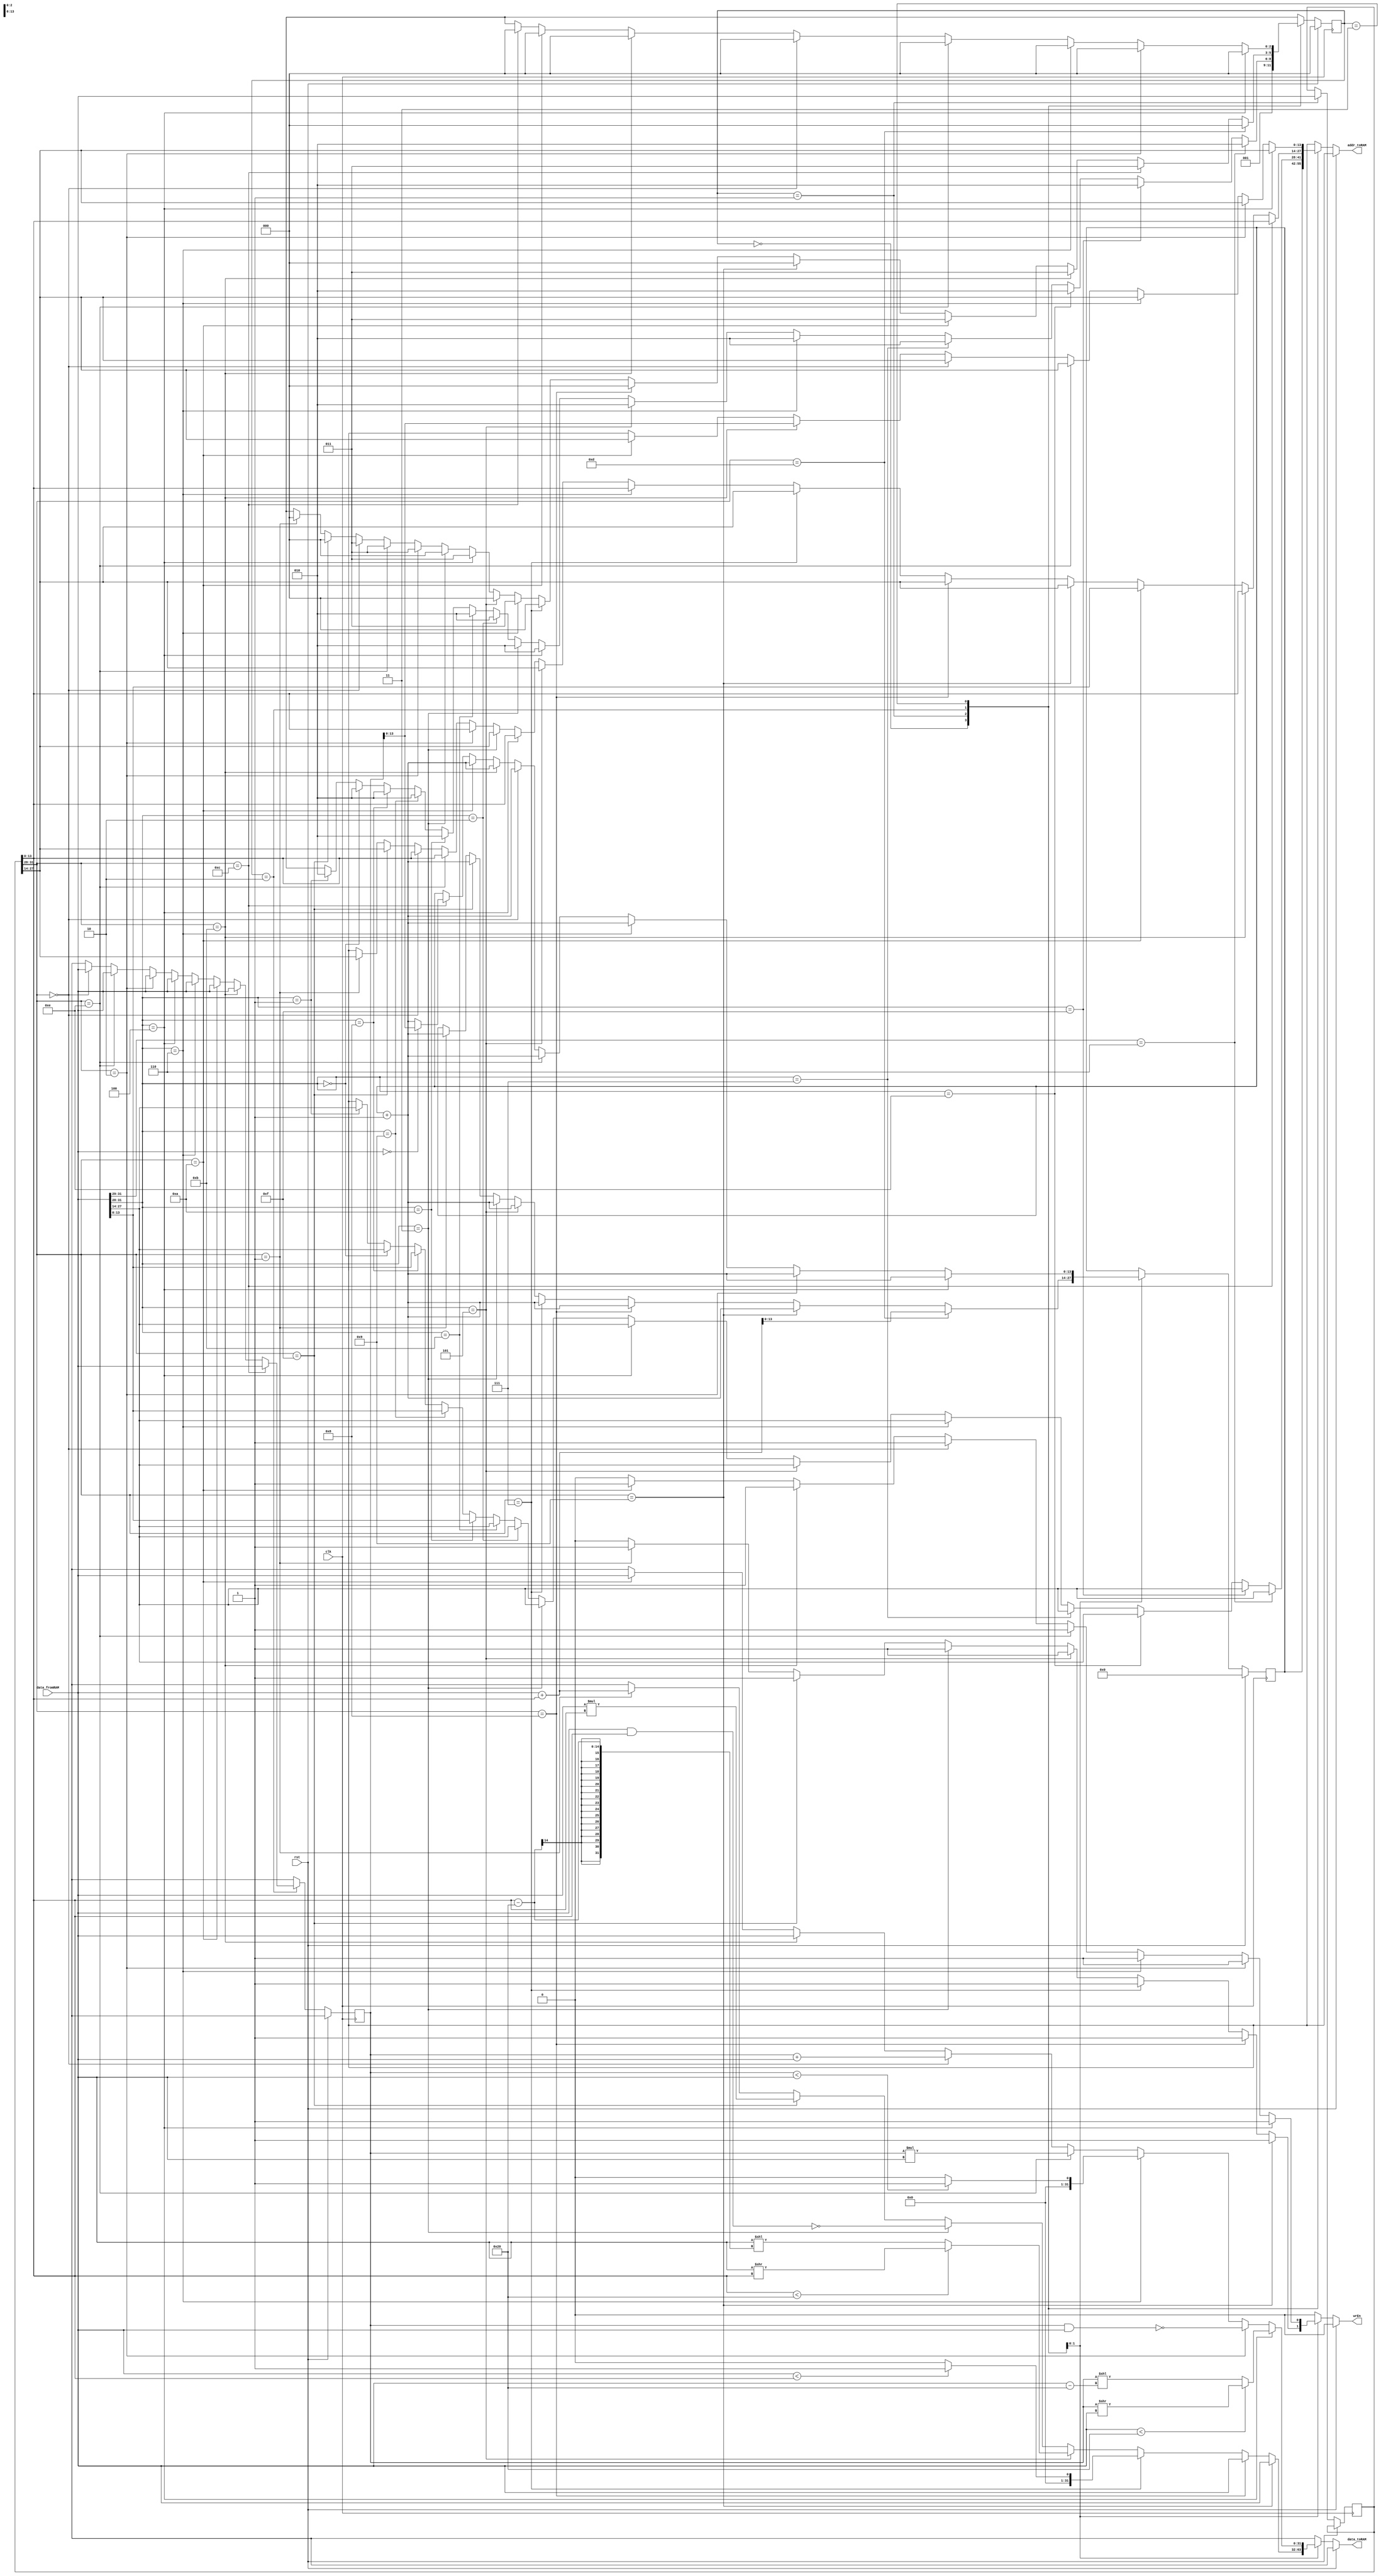
// Code your design here
module VerySimpleCPU(clk, rst, data_fromRAM, wrEn, addr_toRAM, data_toRAM);

	input clk, rst;
  	output reg wrEn;
   input [31:0] data_fromRAM;
  	output reg [31:0] data_toRAM;
   output reg [13:0] addr_toRAM;
  	
  	reg [31:0] IW, IWN;	
  	reg [13:0] PC, PCN;
  	reg [2:0] st, stN;
  	reg [31:0] R1, R2, R1N, R2N;
  
  	always @(posedge clk) begin
      PC <= PCN;
      IW<= IWN; 
      R1<= R1N;
      R2<= R2N;
      st <= stN;
  	end
   
  	always @ * begin
      R1N = 32'hX;
      R2N = 32'hX;
      IWN = IW;
      PCN = PC;
      wrEn = 1'b0;
      stN = 3'hX;
      addr_toRAM = 14'hXXXX;
      data_toRAM = 32'dX;
      if (rst) begin
      	stN = 3'd0;
         PCN= 14'd0;
      end
      else begin       
        case (st)
          3'd0: begin
            addr_toRAM = PC;
            stN = 3'd1;
          end
          3'd1: begin
            IWN = data_fromRAM;
            if (data_fromRAM[31:28] == 4'b0001) begin //ADDi
              addr_toRAM = data_fromRAM[27:14];
              stN = 3'd2;        
            end
				if (data_fromRAM[31:28] == 4'b0000) begin //ADD
					addr_toRAM = data_fromRAM[27:14];
					stN = 3'd2;
				end
            if (data_fromRAM[31:28] == 4'b1000) begin //CP
              addr_toRAM = data_fromRAM[13:0];
              stN = 3'd2;
            end
            if (data_fromRAM[31:28] == 4'b1001) begin //CPi
              addr_toRAM = data_fromRAM[13:0];
              stN = 3'd2;
            end
            if (data_fromRAM[31:28] == 4'b1010) begin //CPI
              addr_toRAM = data_fromRAM[13:0];
              stN = 3'd2;
            end
            if (data_fromRAM[31:28] == 4'b1011) begin //CPIi
              addr_toRAM = data_fromRAM[27:14];
              stN = 3'd2;
            end
            if (data_fromRAM[31:28] == 4'b0010) begin //NAND
              addr_toRAM = data_fromRAM[27:14];
              stN = 3'd2;
            end
            if (data_fromRAM[31:28] == 4'b0011) begin //NANDi
              addr_toRAM = data_fromRAM[27:14];
              stN = 3'd2;
            end
            if (data_fromRAM[31:28] == 4'b0100) begin //SRL
              addr_toRAM = data_fromRAM[27:14];
              stN = 3'd2;
            end
            if (data_fromRAM[31:28] == 4'b0101) begin //SRLi
              addr_toRAM = data_fromRAM[27:14];
              stN = 3'd2;
            end
            if (data_fromRAM[31:28] == 4'b0110) begin //LT
              addr_toRAM = data_fromRAM[27:14];
              stN = 3'd2;
            end
            if (data_fromRAM[31:28] == 4'b0111) begin //LTi
              addr_toRAM = data_fromRAM[27:14];
              stN = 3'd2;
            end
            if (data_fromRAM[31:28] == 4'b1110) begin //MUL
              addr_toRAM = data_fromRAM[27:14];
              stN = 3'd2;
            end
            if (data_fromRAM[31:28] == 4'b1111) begin //MULi
              addr_toRAM = data_fromRAM[27:14];
              stN = 3'd2;
            end
            if (data_fromRAM[31:29] == 3'b110) begin //BZJ or BZJi
              addr_toRAM = data_fromRAM[27:14];
              stN = 3'd2;
            end
          end
          3'd2: begin
            if (IW[31:28] == 4'b0001) begin // ADDi
          		wrEn = 1'b1;
            	addr_toRAM = IW[27:14];
            	data_toRAM = data_fromRAM + IW[13:0];
            	PCN = PC + 14'd1;
            	stN = 3'd0;  
            end
            if (IW[31:28] == 4'b1111) begin // MULi
          		wrEn = 1'b1;
            	addr_toRAM = IW[27:14];
            	data_toRAM = data_fromRAM * IW[13:0];
            	PCN = PC + 14'd1;
            	stN = 3'd0;  
            end
            if (IW[31:28] == 4'b0000) begin // ADD
              	R1N = data_fromRAM;
              	addr_toRAM = IW[13:0];           	
            	stN = 3'd3;  
            end
            if (IW[31:28] == 4'b1110) begin //MUL
              	R1N = data_fromRAM;
              	addr_toRAM = IW[13:0];
              	stN = 3'd3;
            end
            if (IW[31:28] == 4'b0010) begin // NAND
              	R1N = data_fromRAM;
              	addr_toRAM = IW[13:0];
              	stN = 3'd3;
            end
            if (data_fromRAM[31:28] == 4'b0011) begin //NANDi
              	wrEn = 1'b1;
              	addr_toRAM = IW[27:14];
              	data_toRAM = ~(data_fromRAM & IW[13:0]);
              	PCN = PC + 14'd1;
              	stN = 3'd0;
            end
            if (data_fromRAM[31:28] == 4'b0100) begin //SRL
              	R1N = data_fromRAM;
              	addr_toRAM = IW[13:0];
              	stN = 3'd3;
            end
            if (data_fromRAM[31:28] == 4'b0101) begin //SRLi
              	wrEn = 1'b1;
              	addr_toRAM = IW[27:14];
              if(IW[13:0] < 32) begin 
                data_toRAM = (data_fromRAM >> IW[13:0]);
					 PCN = PC + 14'd1;
              	 stN = 3'd0;
              end
              else begin
                data_toRAM = (data_fromRAM << (IW[13:0]-32));
					 PCN = PC + 14'd1;
              	 stN = 3'd0;
              end
            end
            if (data_fromRAM[31:28] == 4'b0110) begin //LT
              	R1N = data_fromRAM;
              	addr_toRAM = IW[13:0];
              	stN = 3'd3;
            end
            if (IW[31:28] == 4'b0111) begin //LTi
				   wrEn = 1'b1;
               addr_toRAM = IW[27:14];
               if( data_fromRAM < IW[13:0]) begin
                 data_toRAM = 32'd1;
					  PCN = PC + 14'd1;
					  stN = 3'd0;
					end
               else begin
                 data_toRAM = 32'd0;
					  PCN = PC + 14'd1;
					  stN = 3'd0;
					end
				end
            if (IW[31:28] == 4'b1000) begin //CP
          		wrEn = 1'b1;
            	addr_toRAM = IW[27:14];
            	data_toRAM = data_fromRAM;
            	PCN = PC + 14'd1;
            	stN = 3'd0;  
            end
            if (IW[31:28] == 4'b1001) begin //CPi
          		wrEn = 1'b1;
            	addr_toRAM = IW[27:14];
              	data_toRAM = data_fromRAM;
            	PCN = PC + 14'd1;
            	stN = 3'd0;  
            end
            if (IW[31:28] == 4'b1010) begin //CPI
          		R1N = data_fromRAM;
              	addr_toRAM = data_fromRAM;
              	stN = 3'd3;
            end
            if (IW[31:28] == 4'b1011) begin //CPIi
          		R1N = data_fromRAM;
              	addr_toRAM = IW[13:0];
              	stN = 3'd3;
            end
            if (IW[31:28] == 4'b1100) begin // BZJ
              R1N = data_fromRAM;
              addr_toRAM = IW[13:0]; 
              stN = 3'd3;                        
            end 
            if (IW[31:28] == 4'b1101) begin // BZJi
              PCN = data_fromRAM + IW[13:0];
              stN = 3'd0;                        
            end          
          end
          3'd3: begin
            if (IW[31:28] == 4'b1100) begin // BZJ
              if (data_fromRAM == 0) 
                PCN = R1;
              else
                PCN = PC + 14'd1;
              stN = 3'd0;          
          	end
            if (IW[31:28] == 4'b1010) begin //CPI
          		wrEn = 1'b1;
            	addr_toRAM = IW[27:14];
              	data_toRAM = data_fromRAM;
            	PCN = PC + 14'd1;
            	stN = 3'd0;  
            end
            if (IW[31:28] == 4'b1011) begin //CPIi
          		wrEn = 1'b1;
            	addr_toRAM = R1;
              	data_toRAM = data_fromRAM;
            	PCN = PC + 14'd1;
            	stN = 3'd0;  
            end
            if (IW[31:28] == 4'b0000) begin // ADD
              	wrEn = 1'b1;
              	addr_toRAM = IW [27:14];
              	data_toRAM = R1 + data_fromRAM;
              	PCN = PC + 14'd1;
            	stN = 3'd0;  
            end
            if (IW[31:28] == 4'b1110) begin //MUL
              	wrEn = 1'b1;
              	addr_toRAM = IW [27:14];
              	data_toRAM = R1 * data_fromRAM;
              	PCN = PC + 14'd1;
            	stN = 3'd0;
            end
            if (data_fromRAM[31:28] == 4'b0110) begin //LT
              	wrEn = 1'b1;
              	addr_toRAM = IW [27:14];
              	if(R1 < data_fromRAM) begin
                  data_toRAM = 32'd1;
                  PCN = PC + 14'd1;
                  stN = 3'd0;
                end
              	else begin
                  data_toRAM = 32'd0;
                  PCN = PC + 14'd1;
                  stN = 3'd0;
                end
            end
            if (IW[31:28] == 4'b0010) begin // NAND
              	wrEn = 1'b1;
              	addr_toRAM = IW [27:14];
              	data_toRAM = ~(R1 & data_fromRAM);
              	PCN = PC + 14'd1;
              	stN = 3'd0;
            end
            if (data_fromRAM[31:28] == 4'b0100) begin //SRL
              	wrEn = 1'b1;
              	addr_toRAM = IW[27:14];
              if (data_fromRAM < 32) begin
                data_toRAM = (R1 >> data_fromRAM);
              	 PCN = PC + 14'd1;
              	 stN = 3'd0;
              end
              else begin
                data_toRAM = (R1 << data_fromRAM - 32);
					 PCN = PC + 14'd1;
              	 stN = 3'd0;
              end
            end
          end   
        endcase
        
      end
    end
  
  
endmodule